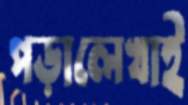
পড়ালেখাই